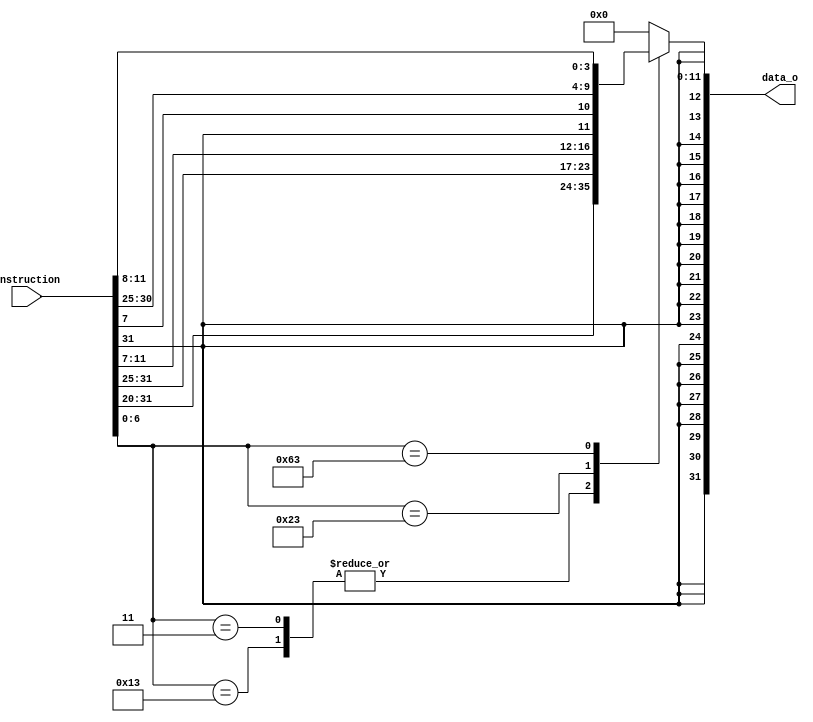
`define Opcode_ADDI     7'b0010011
`define Opcode_LW       7'b0000011
`define Opcode_SW       7'b0100011
`define Opcode_BEQ      7'b1100011

module Imm_Gen(
    instruction,
    data_o
);

input   [31:0] instruction;
output  [31:0] data_o;

reg [31:0] data_r;

assign data_o = data_r;

always @( instruction ) begin
    case( instruction[6:0] )
        `Opcode_ADDI: begin
             data_r = { { 20{instruction[31]} }, instruction[31:20]};
        end

        `Opcode_LW  : begin
            data_r = { { 20{instruction[31]} }, instruction[31:20]};
        end

        `Opcode_SW  : begin
            data_r = { { 20{instruction[31]} }, instruction[31:25], instruction[11:7]};
        end

        `Opcode_BEQ : begin
            data_r = { { 20{instruction[31]} }, instruction[31], instruction[7], instruction[30:25], instruction[11:8]};
        end

        default     : begin
            data_r = { { 20{instruction[31]} }, 12'b0};
        end
    endcase
end

endmodule